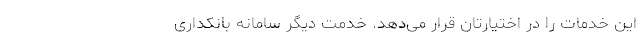
این خدمات را در اختیارتان قرار می‌دهد. خدمت دیگر سامانه بانکداری